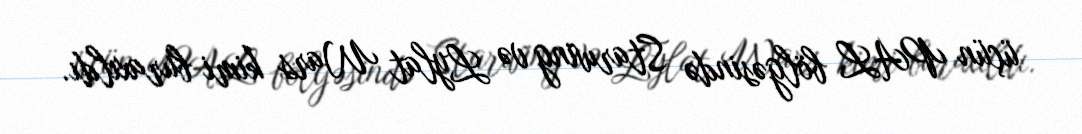
üçün PAL bölgəsində Starwing və Lylat Wars kimi buraxıldı.